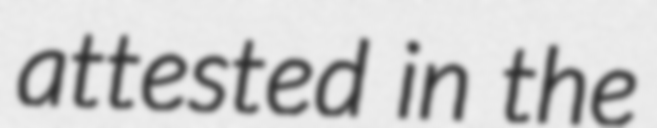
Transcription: attested in the